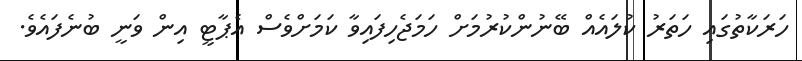
ހަރަކާތުގައި ހަތަރު ކުލައެއް ބޭނުންކުރުމަށް ހަމަޖެހިފައިވާ ކަމަށްވެސް އެޕާޓީ އިން ވަނީ ބުނެފައެވެ.